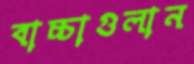
বাচ্চাগুলান